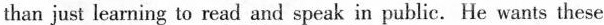
than just learning to read and speak in public. He wants these